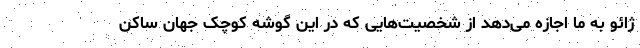
ژائو به ما اجازه می‌دهد از شخصیت‌هایی که در این گوشه کوچک جهان ساکن